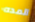
المده